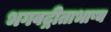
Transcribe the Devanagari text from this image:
भगवद्गीताभाष्य